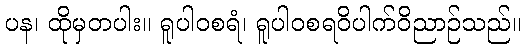
ပန၊ ထိုမှတပါး။ ရူပါဝစရံ၊ ရူပါဝစရဝိပါက်ဝိညာဉ်သည်။